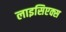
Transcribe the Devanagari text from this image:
लाइसिएक्स